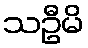
သဦမိ